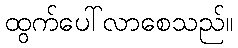
ထွက်ပေါ်လာစေသည်။